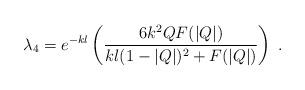
LaTeX: \begin{align*}\lambda_4 = e^{-kl} \left( \frac{6k^2 Q F(|Q|)}{kl(1-|Q|)^2 + F(|Q|)} \right) \; .\end{align*}